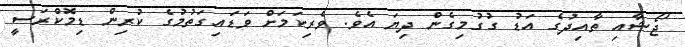
ޖޯޝާއި ތާއިދުގެ އަޑު ގުގުމިގެން ދިޔަ އެވެ. ވެރިކަމަށް ވަޑައިގަތުމުގެ ކުރިން ޑިމޮކްރަސީ